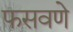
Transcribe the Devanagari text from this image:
फसवणे